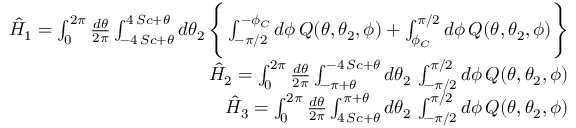
\begin{array} { r l r } & { } & { \hat { H } _ { 1 } = \int _ { 0 } ^ { 2 \pi } { \frac { d \theta } { 2 \pi } } \int _ { - 4 \, S c + \theta } ^ { 4 \, S c + \theta } d \theta _ { 2 } \, \Bigg \{ \int _ { - \pi / 2 } ^ { - \phi _ { C } } d \phi \, Q ( \theta , \theta _ { 2 } , \phi ) + \int _ { \phi _ { C } } ^ { \pi / 2 } d \phi \, Q ( \theta , \theta _ { 2 } , \phi ) \Bigg \} } \\ & { } & { \hat { H } _ { 2 } = \int _ { 0 } ^ { 2 \pi } { \frac { d \theta } { 2 \pi } } \int _ { - \pi + \theta } ^ { - 4 \, S c + \theta } d \theta _ { 2 } \, \int _ { - \pi / 2 } ^ { \pi / 2 } d \phi \, Q ( \theta , \theta _ { 2 } , \phi ) } \\ & { } & { \hat { H } _ { 3 } = \int _ { 0 } ^ { 2 \pi } { \frac { d \theta } { 2 \pi } } \int _ { 4 \, S c + \theta } ^ { \pi + \theta } d \theta _ { 2 } \, \int _ { - \pi / 2 } ^ { \pi / 2 } d \phi \, Q ( \theta , \theta _ { 2 } , \phi ) } \end{array}